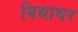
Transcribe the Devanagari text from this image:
बिद्याधर